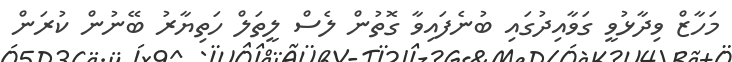
މަހާޒް ވިދާޅުވީ ގަވާއިދުގައި ބުނެފައިވާ ގޮތުން ލެސް ލީތަލް ހަތިޔާރު ބޭނުން ކުރަން